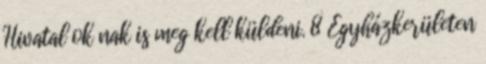
Hivatal ok nak is meg kell küldeni. 8 Egyházkerületen